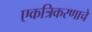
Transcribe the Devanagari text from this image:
एकत्रिकरणाचे